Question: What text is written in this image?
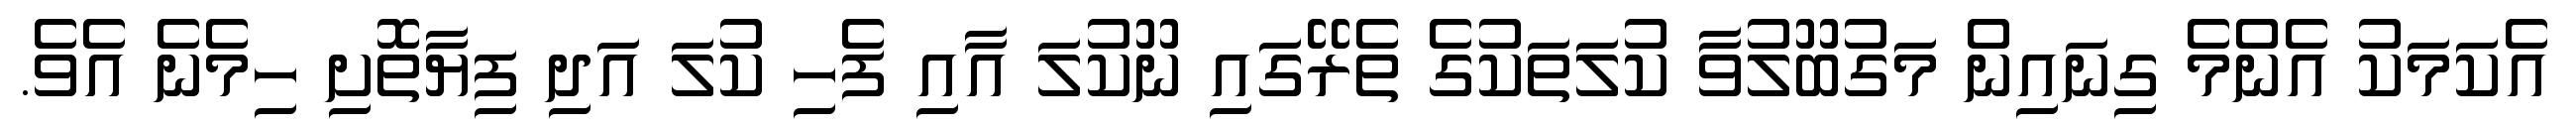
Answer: އެކަމަކު އެންމެ ގިނައިން މަގުބޫލުވާ ކުލަތަކުގެ ތެރޭގައި ނޫކުލަ އާއި ފެހި ކުލަ އަދި ފިޔާތޮށި ހިމެނެ އެވެ.